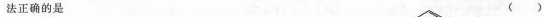
法正确的是 ( )